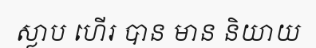
ស្លាប ហើរ បាន មាន និយាយ